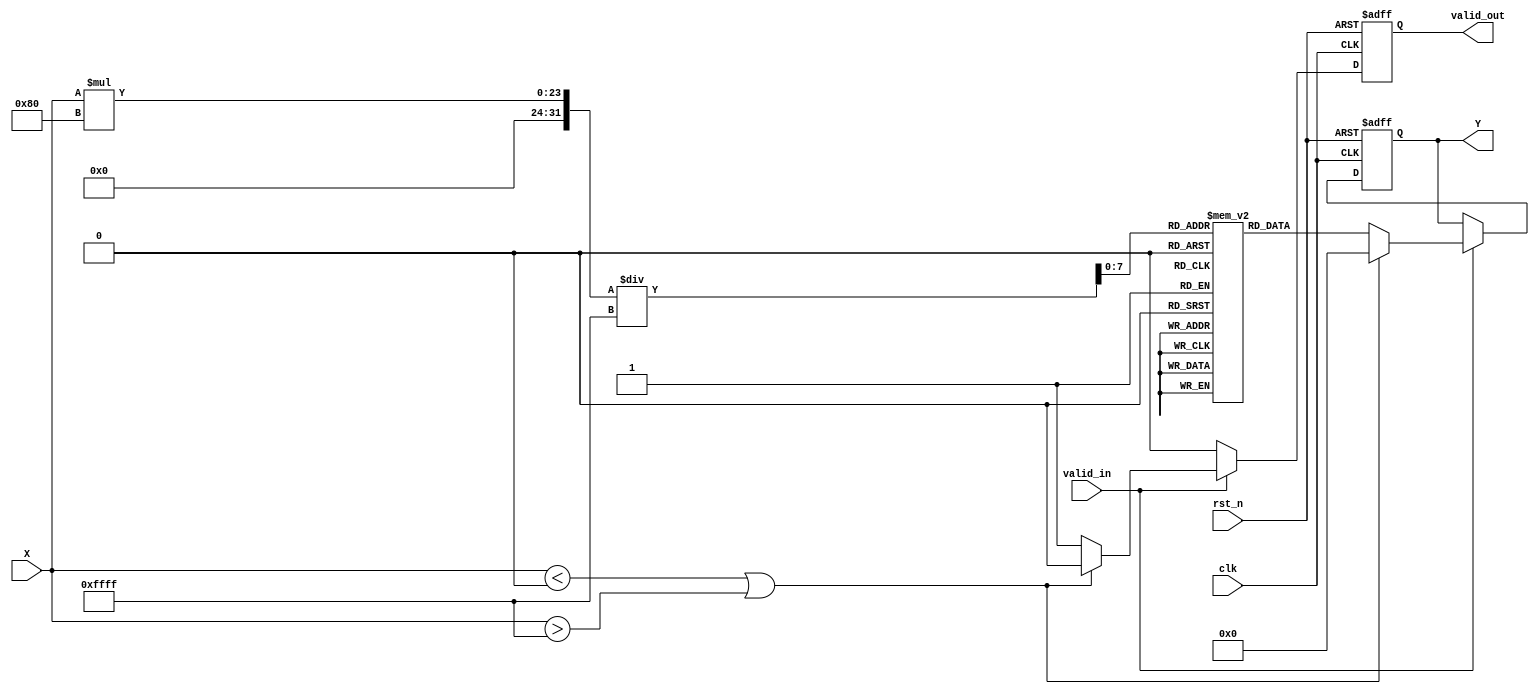
module acos_block #(
    parameter INPUT_WIDTH = 16,    // Width of the input signal
    parameter OUTPUT_WIDTH = 16,   // Width of the output signal
    parameter LUT_SIZE = 256        // Size of lookup table
)(
    input  wire                   clk,        // Clock signal
    input  wire                   rst_n,      // Active low reset
    input  wire [INPUT_WIDTH-1:0] X,          // Input signal in fixed-point representation
    input  wire                   valid_in,    // Input valid signal
    output reg [OUTPUT_WIDTH-1:0] Y,          // Output signal in fixed-point representation
    output reg                   valid_out     // Output valid signal
);

    // Lookup table for acos values (this should be filled with pre-calculated values)
    reg [OUTPUT_WIDTH-1:0] acos_lut [0:LUT_SIZE-1];

    // Initialization of the lookup table
    initial begin
        // The LUT can be filled with pre-computed values for acos(x) where x ranges from -1 to 1.
        // For simplicity, here we would normally calculate those values and initialize.
        // Example initialization (this requires proper scaling for 16-bit fixed-point):
        // acos_lut[0] = 16'b0000000000000000;  // acos(-1) = 0
        // ...
        // acos_lut[128] = 16'b1000000000000000; // acos(0) = /2
        // ...
        // acos_lut[255] = 16'b1000000000000000; // acos(1) = 
    end

    // Control Logic
    always @(posedge clk or negedge rst_n) begin
        if (!rst_n) begin
            Y <= 0;
            valid_out <= 0;
        end else begin
            if (valid_in) begin
                // Range check for input X
                if (X < 0 || X > 16'hFFFF) begin // Assuming 16'hFFFF represents 1 in fixed point
                    Y <= 0; // Error handling: output can be set to an error code or a saturation.
                    valid_out <= 0;
                end else begin
                    // Lookup the value in the LUT
                    Y <= acos_lut[X * (LUT_SIZE / 2) / 16'hFFFF]; // Scale to LUT size
                    valid_out <= 1;
                end
            end else begin
                valid_out <= 0; // If input is not valid, output is not valid
            end
        end
    end

endmodule